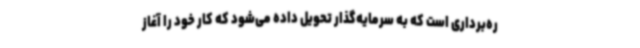
ره‌برداری است که به سرمایه‌گذار تحویل داده می‌شود که کار خود را آغاز